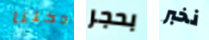
دخلنا بحجر نخبر